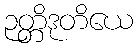
ဉတ္တိဒုတိယေ